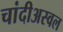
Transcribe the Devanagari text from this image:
चांदीअस्वल